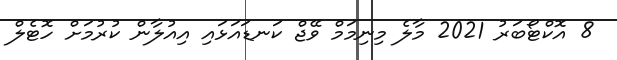
8 އޮކްޓޯބަރު 2021 މާލެ މިނިމަމް ވޭޖް ކަނޑައަޅައި އިއުލާން ކުރުމަށް ހޮޓެލް